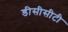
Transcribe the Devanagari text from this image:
डीसीसीटी